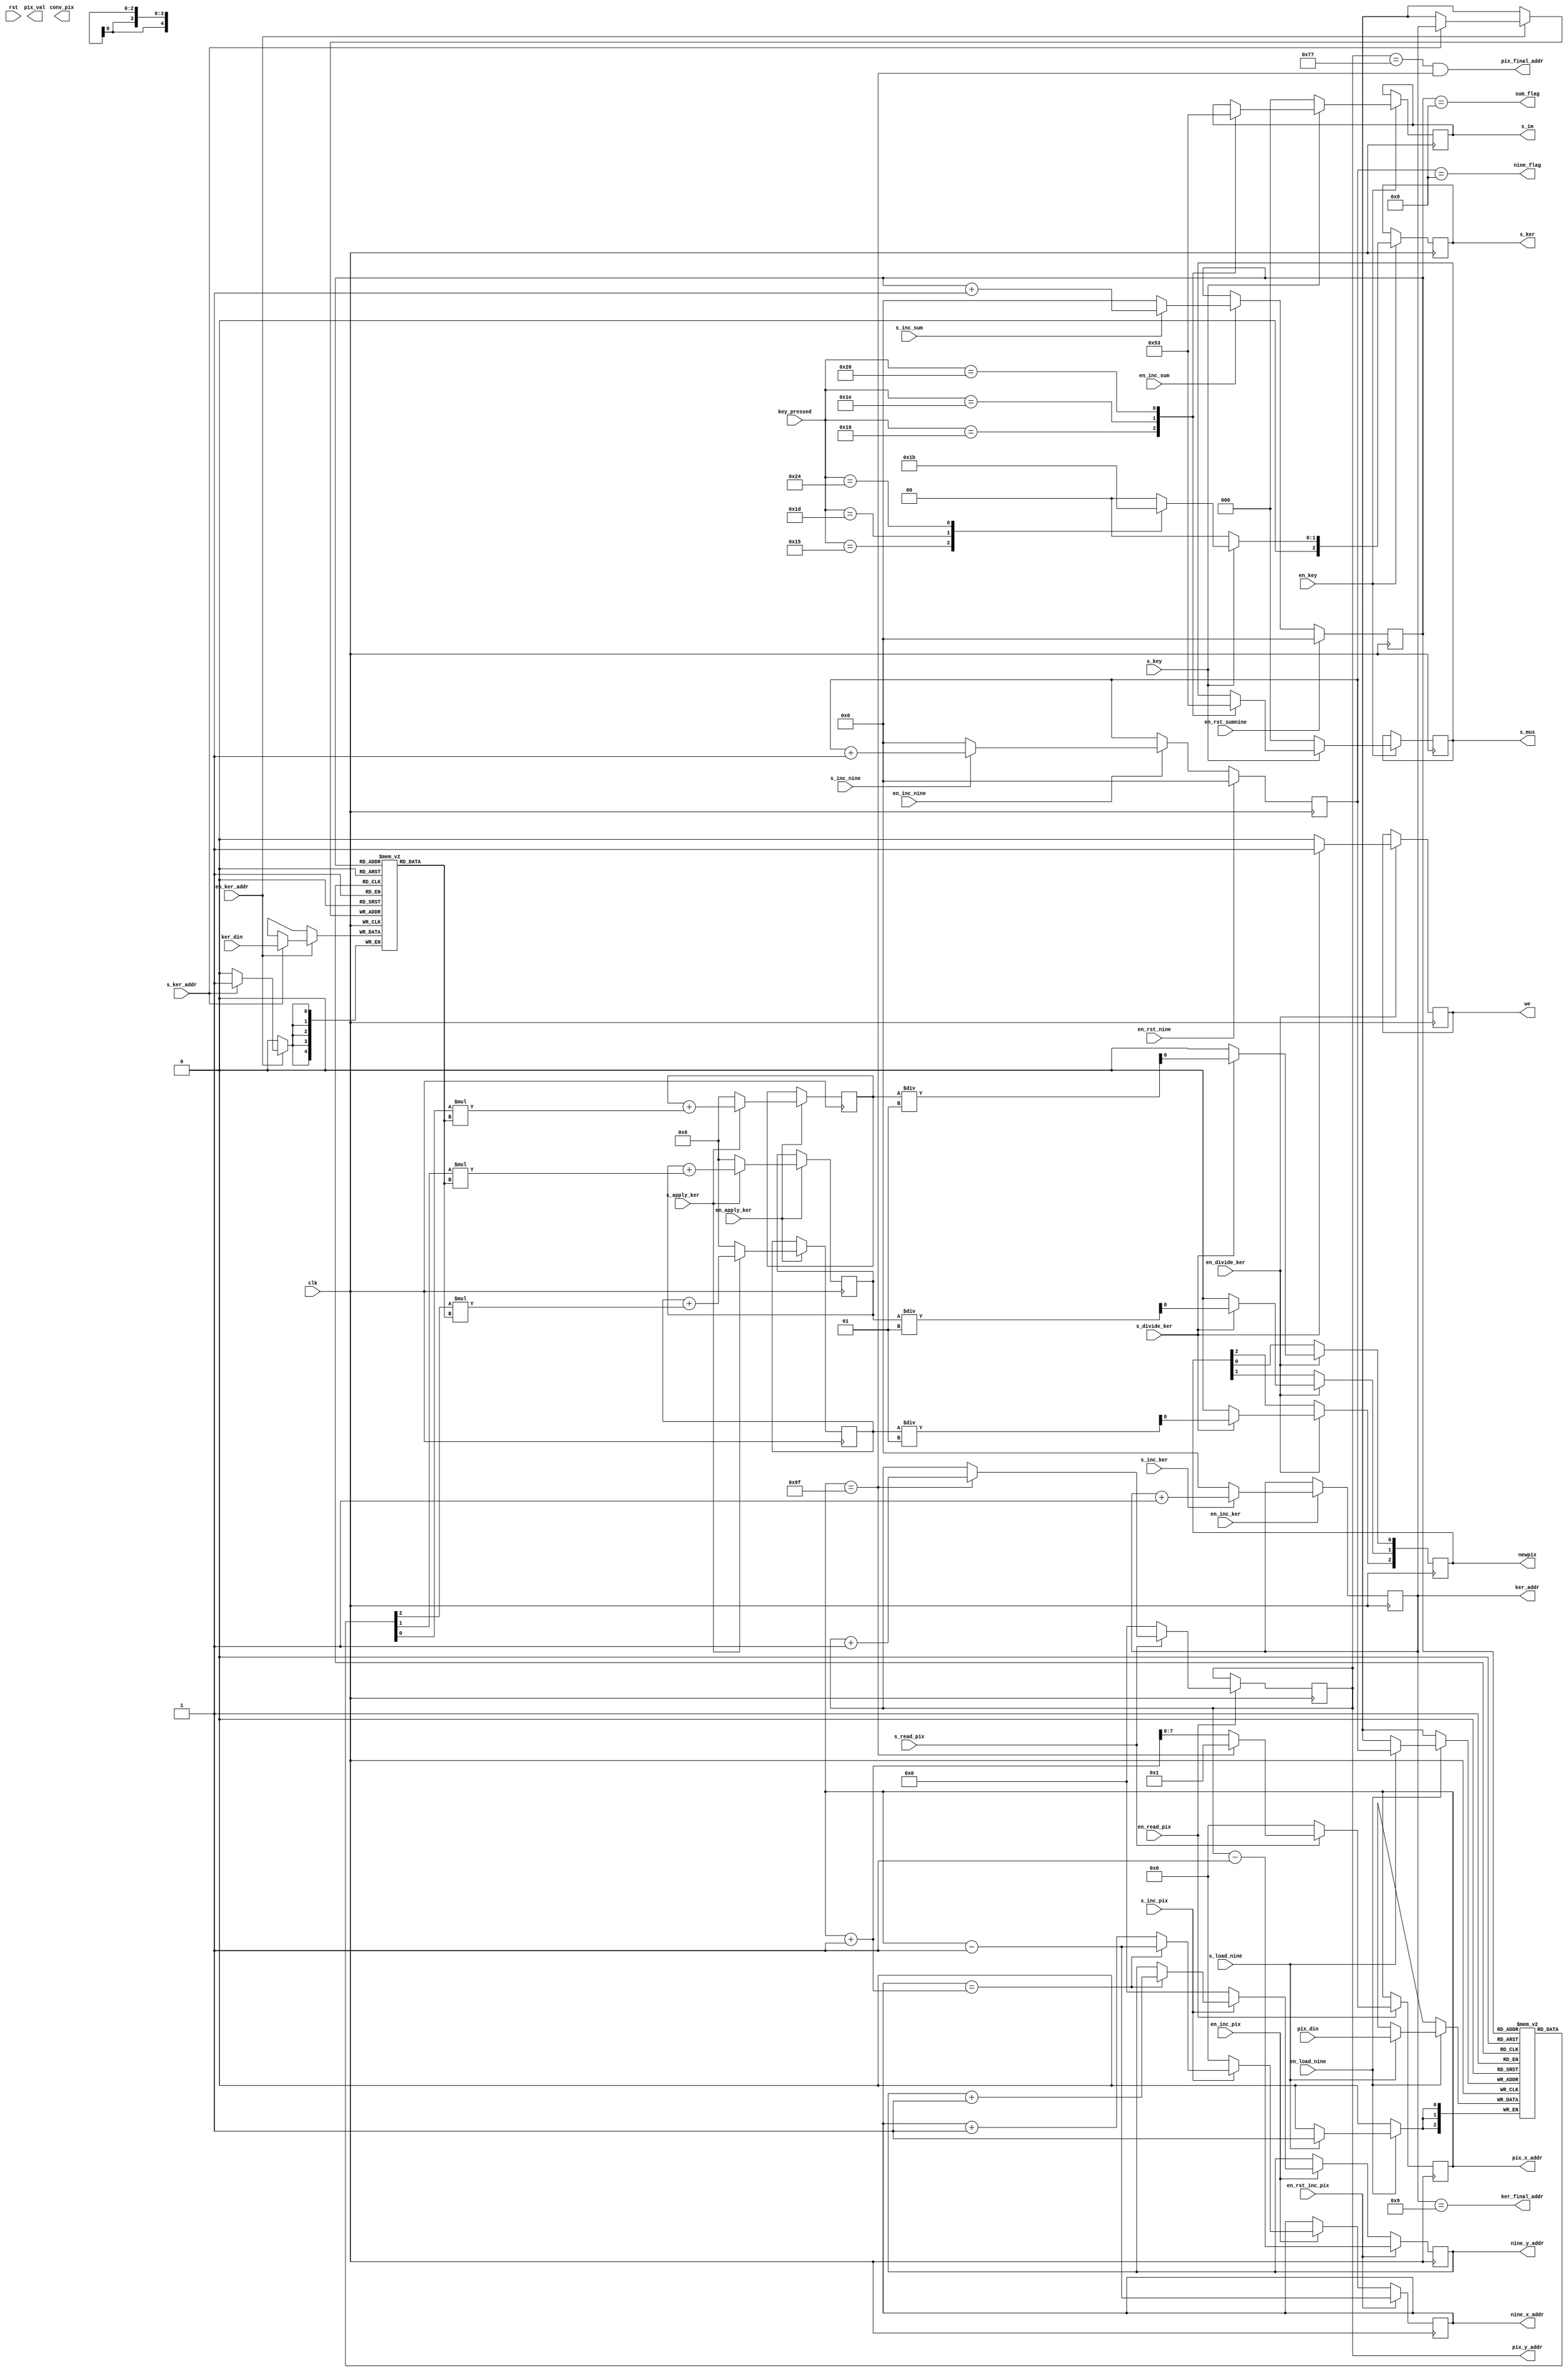
module datapath(
	input clk,
	input rst,
	
	input [4:0] ker_din, //this is signed
	input [2:0] pix_din, 
	input [7:0]key_pressed,
		
	input en_ker_addr,
	input s_ker_addr,
	
	input s_inc_sum,
	
	input en_key,
	input s_key,
	
	input en_read_pix,
	input s_read_pix,
	
	
	input en_apply_ker,
	input s_apply_ker,
	
	input en_load_nine,
	input s_load_nine,
	
	input s_inc_ker,
	input en_inc_ker,
	
	input en_inc_nine,
	input s_inc_nine,
	
	input s_inc_pix,
	input en_inc_pix,
	
	input en_divide_ker,
	input s_divide_ker,
	
	input en_rst_nine,
	
	input en_rst_inc_pix,
	
	input en_inc_sum,
	
	input en_rst_sumnine,
	
	output ker_final_addr,
	output pix_final_addr,
	output nine_flag,
	output reg [3:0] ker_addr,
	output reg [2:0] pix_val,
	output reg [7:0] nine_x_addr,
	output reg [6:0] nine_y_addr,
	output reg [2:0] conv_pix,
	output reg [2:0] s_im,
	output reg [2:0] s_mus,
	output sum_flag,
	output reg [2:0] s_ker,
	output reg [2:0] newpix,
	output reg [7:0] pix_x_addr,
	output reg [6:0] pix_y_addr,
	output reg we
);
	
	reg signed [4:0] kernel [0:8];	//stores the current kernel
	reg [3:0]nine; 						
	reg [2:0] pixels [0:8];				//stores the pixel to be changed and its neighbors
	reg signed [4:0] sumr;
	reg signed [4:0] sumg;
	reg signed [4:0] sumb;
	reg [3:0] sumnine;
	
	always @(posedge clk)begin
		if(en_key)begin				//READ_KEY
			if(s_key)
				case(key_pressed)
					8'h16: begin
						s_im <= 1;
						s_ker <= 0;
						s_mus <= 1;
					end
					8'h1E: begin
						s_im <= 2;
						s_ker <= 0;
						s_mus <= 2;
					end
					8'h26: begin
						s_im <= 3;
						s_ker <= 0;
						s_mus <= 3;
					end
					8'h15: begin	
						s_ker <= 1;
					end
					8'h1d: begin
						s_ker <= 2;
					end
					8'h24: begin
						s_ker <= 3;
					end
					default: s_ker <= 0;
			endcase
			else begin
				s_im <= 0; s_ker <= 0; s_mus <= 0;
			end
		end
	end
	
	always @(posedge clk) 				//READ_KER
		if(en_ker_addr)
			if(s_ker_addr)begin
				kernel[ker_addr] <= ker_din;
				end
			
	always @(posedge clk)				//INC_KER
		if(en_inc_ker)
			if(s_inc_ker)
				ker_addr <= ker_addr + 1;
			else
				ker_addr <= 0;
			
	always @(posedge clk)						//READ_PIX
		if(en_read_pix)
			if(s_read_pix)
				if(pix_x_addr == 159) begin
					 pix_x_addr <= 1;
					 pix_y_addr <= pix_y_addr + 1;
				end
				else
					pix_x_addr <=  pix_x_addr + 1;
			else begin
				pix_x_addr <= 0; pix_y_addr <= 0;
			end
	 
	 always @(posedge clk)begin 				//LOAD NINE
		if(en_load_nine)
			if(s_load_nine) begin
				pixels[nine] <= pix_din;
			end
		end
		
	always @(posedge clk)begin
		if(en_inc_nine)begin
			if(s_inc_nine)
				nine <= nine + 1;
			else
				nine <= 0;
		end
		if(en_rst_nine)
			nine <= 0;
	end
		
	always @(posedge clk) begin						//INC_PIX
		if(en_inc_pix) begin
			if(s_inc_pix)begin
				if(nine_x_addr == pix_x_addr + 1) begin
					nine_y_addr <= nine_y_addr + 1;
					nine_x_addr <= pix_x_addr - 1;
				end
				else begin
				nine_x_addr <= nine_x_addr + 1;
				end
			end
			else begin
				nine_x_addr <= 0; nine_y_addr <= 0;
			end
		end
		if(en_rst_inc_pix) begin
			nine_x_addr <= pix_x_addr - 1; nine_y_addr <= pix_y_addr - 1;
		end
	end
			
			
		always @(posedge clk)							//APPLY_KER
			if(en_apply_ker)begin
				if(s_apply_ker) begin
					//do r
					sumr <= sumr + (pixels[sumnine][2] * kernel[sumnine]);
					//do g
					sumg <= sumg + (pixels[sumnine][1] * kernel[sumnine]);
					//do b
					sumb <= sumb + (pixels[sumnine][0] * kernel[sumnine]);
					//move on to next
				end
				else begin
					sumr <= 0;
					sumg <= 0;
					sumb <= 0;
				end
			end
			
		always @(posedge clk)begin							//INC_SUM
			if(en_inc_sum)begin
				if(s_inc_sum)
					sumnine <= sumnine + 1;
				else
					sumnine <= 0;
			end
			if(en_rst_sumnine)
				sumnine <= 0;
		end
				
		always @(posedge clk)							//DIVIDE_KER
			if(en_divide_ker)
				if(s_divide_ker)begin
					newpix[2] <= sumr / 1;
					newpix[1] <= sumg / 1;
					newpix[0] <= sumb / 1;
					we <= 1;
				end
				else begin
					newpix <= 0; we <= 0;	
				end
	
	assign pix_final_addr = pix_y_addr == 119  && pix_x_addr == 159;
	assign ker_final_addr = ker_addr == 9;
	assign nine_flag = nine == 8;
	assign sum_flag = sumnine == 8;
endmodule